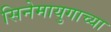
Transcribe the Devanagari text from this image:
सिनेमायुगाच्या